Indian journal of veterinary science and animal husbandry - Volume 10,
Year: 1940
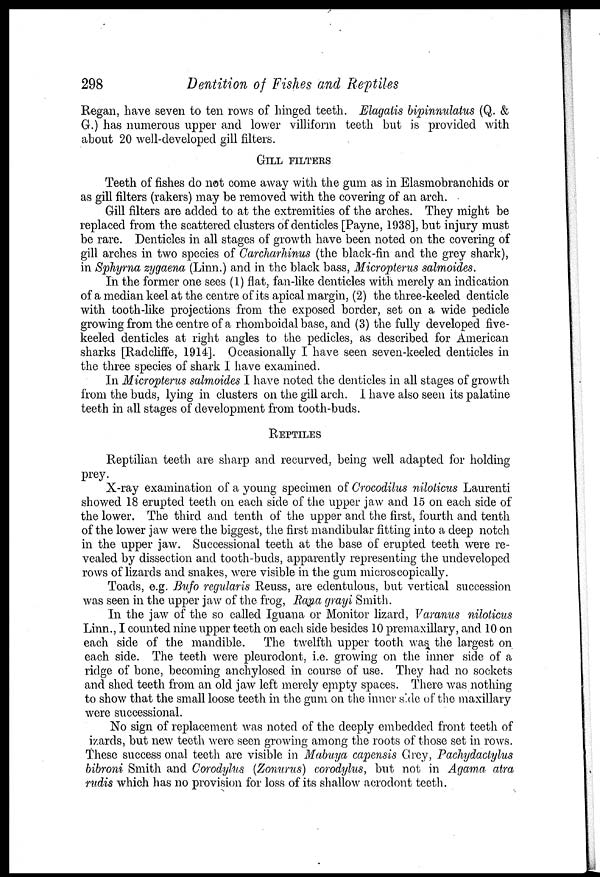
298
Dentition of Fishes and Reptiles
Regan, have seven to ten rows of hinged teeth. Elagatis bipinnnulatus (Q. &
G.) has numerous upper and lower villiform teeth but is provided with
about 20 well-developed gill filters.
GILL FILTERS
Teeth of fishes do not come away with the gum as in Elasmobranchids or
as gill filters (rakers) may be removed with the covering of an arch.
Gill filters are added to at the extremities of the arches. They might be
replaced from the scattered clusters of denticles [Payne, 1938], but injury must
be rare. Denticles in all stages of growth have been noted on the covering of
gill arches in two species of Carcharhinus (the black-fin and the grey shark),
in Sphyrna zygaena (Linn.) and in the black bass, Micropterus salmoides.
In the former one sees (1) flat, fan-like denticles with merely an indication
of a median keel at the centre of its apical margin, (2) the three-keeled denticle
with tooth-like projections from the exposed border, set on a wide pedicle
growing from the centre of a rhomboidal base, and (3) the fully developed five-
keeled denticles at right angles to the pedicles, as described for American
sharks [Radcliffe, 1914]. Occasionally I have seen seven-keeled denticles in
the three species of shark I have examined.
In Micropterus salmoides I have noted the denticles in all stages of growth
from the buds, lying in clusters on the gill arch. I have also seen its palatine
teeth in all stages of development from tooth-buds.
REPTILES
Reptilian teeth are sharp and recurved, being well adapted for holding
prey.
X-ray examination of a young specimen of Crocodilus niloticus Laurenti
showed 18 erupted teeth on each side of the upper jaw and 15 on each side of
the lower. The third and tenth of the upper and the first, fourth and tenth
of the lower jaw were the biggest, the first mandibular fitting into a deep notch
in the upper jaw. Successional teeth at the base of erupted teeth were re-
vealed by dissection and tooth-buds, apparently representing the undeveloped
rows of lizards and snakes, were visible in the gum microscopically.
Toads, e.g. Bufo regularis Reuss, are edentulous, but vertical succession
was seen in the upper jaw of the frog, Rana grayi Smith.
In the jaw of the so called Iguana or Monitor lizard, Varanus niloticus
Linn., I counted nine upper teeth on each side besides 10 premaxillary, and 10 on
each side of the mandible. The twelfth upper tooth was the largest on
each side. The teeth were pleurodont, i.e. growing on the inner side of a
ridge of bone, becoming anchylosed in course of use. They had no sockets
and shed teeth from an old jaw left merely empty spaces. There was nothing
to show that the small loose teeth in the gum on the inner side of the maxillary
were successional.
No sign of replacement was noted of the deeply embedded front teeth of
izards, but new teeth were seen growing among the roots of those set in rows.
These success onal teeth are visible in Mabuya capensis Grey, Pachydactylus
bibroni Smith and Corodylus (Zonurus) corodylus, but not in Agama atra
rudis which has no provision for loss of its shallow acrodont teeth.